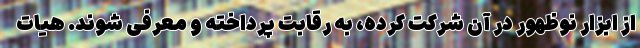
از ابزار نوظهور در آن شرکت کرده، به رقابت پرداخته و معرفی شوند. هیات